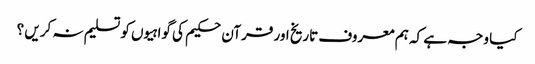
کیا وجہ ہے کہ ہم معروف تاریخ اور قرآن حکیم کی گواہیوں کو تسلیم نہ کریں ؟